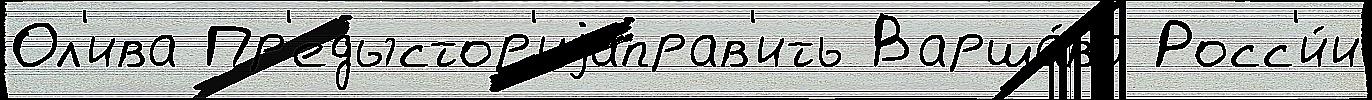
Ол'ива Пр'едыстор'иjаправ'ить Варша́ва Росс'и́и